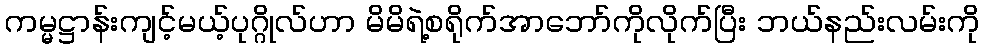
ကမ္မဋ္ဌာန်းကျင့်မယ့်ပုဂ္ဂိုလ်ဟာ မိမိရဲ့စရိုက်အာဘော်ကိုလိုက်ပြီး ဘယ်နည်းလမ်းကို